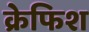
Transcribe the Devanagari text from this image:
क्रेफिश